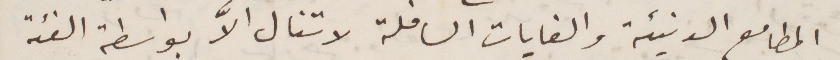
المطامع الدنيئة والغايات السافلة لا تنال الا بواسطة الفئة